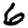
Digit: 6